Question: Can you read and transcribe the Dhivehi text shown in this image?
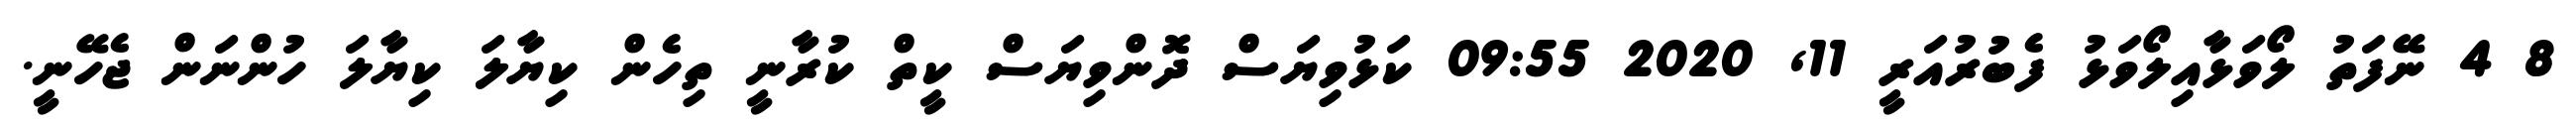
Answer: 8 4 ނޭފަތު ލޯވަޅާއިލޯވަޅު ފެބުރުއަރީ 11, 2020 09:55 ކަޅުވިޔަސް ދޮންވިޔަސް ކީތް ކުރާނީ ތިހެން ކިޔާލަ ކިޔާލަ ހުންނަން ޖެހޭނީ.